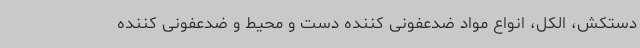
دستکش، الکل، انواع مواد ضدعفونی کننده دست و محیط و ضدعفونی کننده